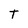
Character: T